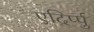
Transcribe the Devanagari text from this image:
एदिर्प्पु